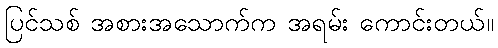
ပြင်သစ် အစားအသောက်က အရမ်း ကောင်းတယ်။